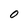
Character: O